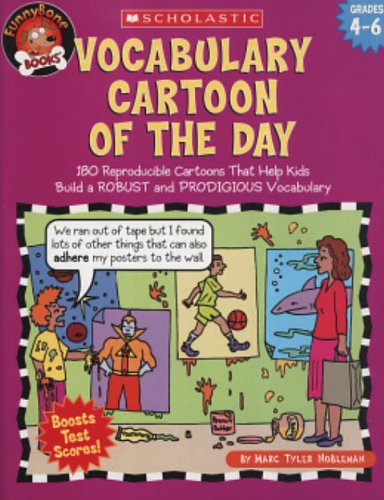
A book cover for Vocabulary Cartoon Of The Day: 180 Reproducible Cartoons That Help Kids Build a ROBUST and PRODIGIOUS Vocabulary; Marc Tyler Nobleman; Reference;